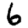
Digit: 6